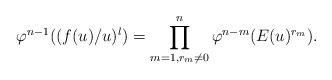
LaTeX: \begin{align*}\varphi^{n-1} ((f(u)/ u )^l )= \prod_{m =1, r_m \not = 0}^{n} \varphi^{n -m} (E(u) ^{r_m}).\end{align*}